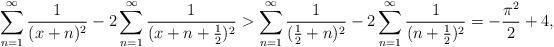
LaTeX: \begin{align*}\sum_{n=1}^\infty \frac{1}{(x+n)^2} - 2\sum_{n=1}^\infty \frac{1}{(x+n+\frac12)^2} > \sum_{n=1}^\infty \frac{1}{(\frac12+n)^2} - 2\sum_{n=1}^\infty \frac{1}{(n+\frac12)^2} = -\frac{\pi^2}{2}+4,\end{align*}